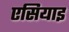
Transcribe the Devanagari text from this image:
एसियाइ